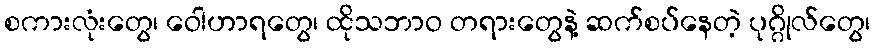
စကားလုံးတွေ၊ ဝေါဟာရတွေ၊ ထိုသဘာဝ တရားတွေနဲ့ ဆက်စပ်နေတဲ့ ပုဂ္ဂိုလ်တွေ၊